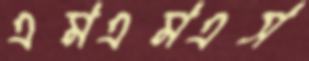
এমএমএস